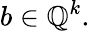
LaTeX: b\in\mathbb{Q}^{k}.